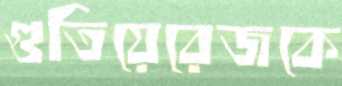
গুতিয়েরেজকে